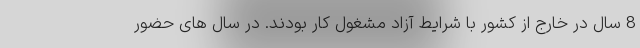
8 سال در خارج از کشور با شرایط آزاد مشغول کار بودند. در سال های حضور